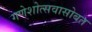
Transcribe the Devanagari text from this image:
गणेशोत्सवासोबत